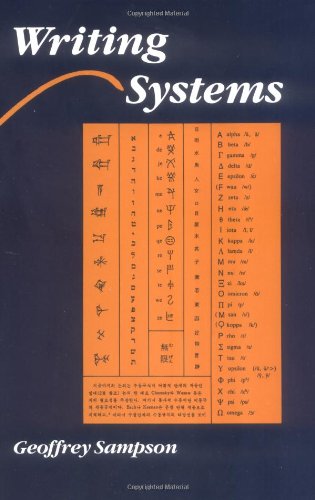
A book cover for Writing Systems: A Linguistic Introduction; Geoffrey Sampson; Reference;